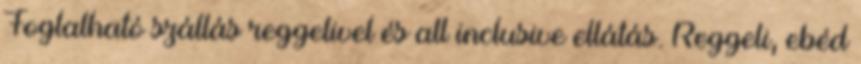
Foglalható szállás reggelivel és all inclusive ellátás. Reggeli, ebéd